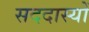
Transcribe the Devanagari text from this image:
सददास्यों